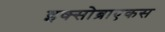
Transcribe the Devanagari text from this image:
इक्सोब्राएकस